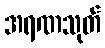
အရဏသုတ်